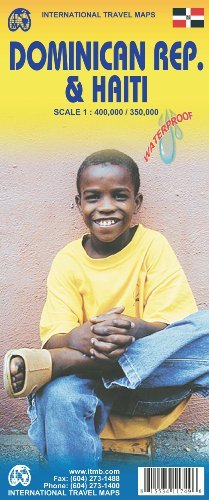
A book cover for By ITM Canada Dominican Republic 1:400,000 & Haiti 1:350,000 Travel Map (International Travel Maps) (2nd Second Edition) [Map]; Travel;